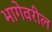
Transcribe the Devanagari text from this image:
भागेवरील